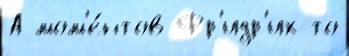
А мом'е́нтов Фр'идр'их то